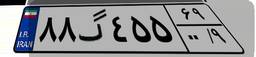
۱۵گ۲۷۶۴۴